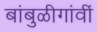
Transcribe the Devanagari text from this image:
बांबुळीगांवीं